Indian journal of veterinary science and animal husbandry - Volumes 15-17, 1948-1951
Year: 1948
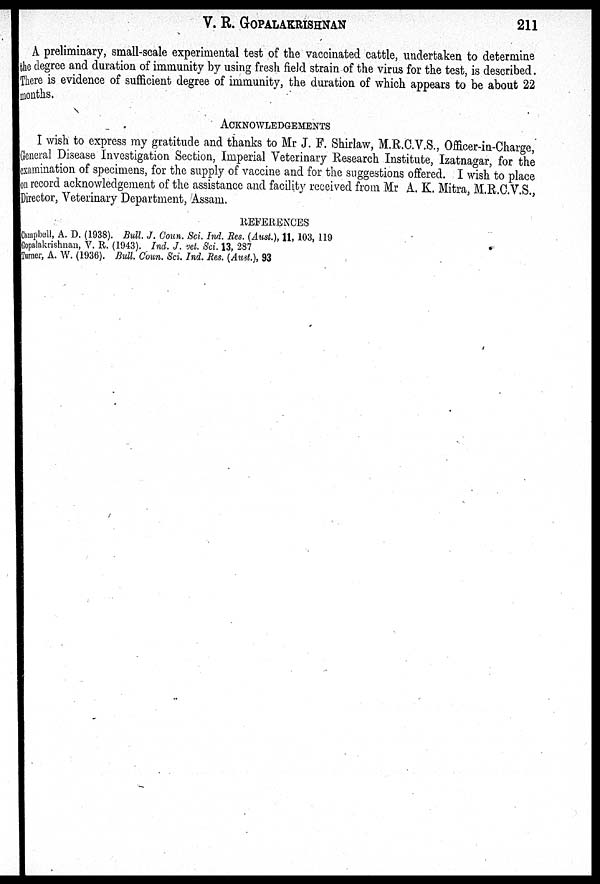
V. R. GOPALAKRISHNAN
211
A preliminary, small-scale experimental test of the vaccinated cattle, undertaken to determine
the degree and duration of immunity by using fresh field strain of the virus for the test, is described.
There is evidence of sufficient degree of immunity, the duration of which appears to be about 22
months.
ACKNOWLEDGEMENTS
I wish to express my gratitude and thanks to Mr J. F. Shirlaw, M.R.C.V.S., Officer-in-Charge,
General Disease Investigation Section, Imperial Veterinary Research Institute, Izatnagar, for the
examination of specimens, for the supply of vaccine and for the suggestions offered. I wish to place
on record acknowledgement of the assistance and facility received from Mr A. K. Mitra, M.R.C.V.S.,
Director, Veterinary Department, Assam.
REFERENCES
Campbell, A. D. (1938). Bull. J. Coun. Sci. Ind. Res. (Aust.), 11, 103, 119
Gopalakrishnan, V. R. (1943). Ind. J. vet. Sci. 13, 287
Turner, A. W. (1936). Bull. Coun. Sci. Ind. Res. (Aust.), 93